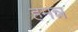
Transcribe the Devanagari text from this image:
हमन्न